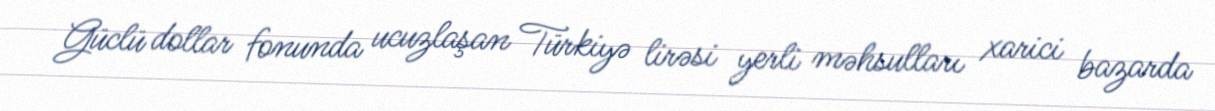
Güclü dollar fonunda ucuzlaşan Türkiyə lirəsi yerli məhsulları xarici bazarda